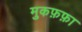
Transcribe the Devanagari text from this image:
मुकफ़फ़ा